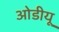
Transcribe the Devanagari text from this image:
ओडीयू